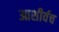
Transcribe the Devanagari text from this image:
आशीर्वच